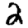
Digit: 2